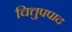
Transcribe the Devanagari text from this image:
चित्तुपपाद